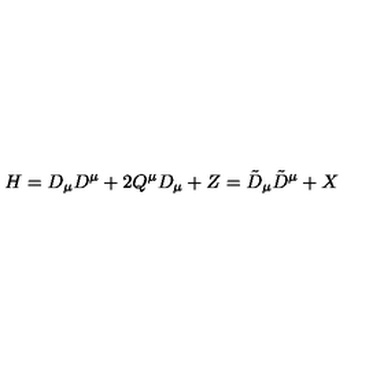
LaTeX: H = D _ { \mu } D ^ { \mu } + 2 Q ^ { \mu } D _ { \mu } + Z = \tilde { D } _ { \mu } \tilde { D } ^ { \mu } + X